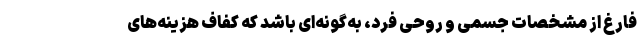
فارغ از مشخصات جسمی و روحی فرد، به‌گونه‌ای باشد که کفاف هزینه‌های